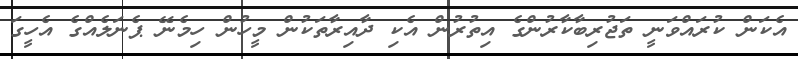
އެކަން ކުރައްވަނީ ތަޖުރިބާކާރުންގެ އިތުރުން އެކި ދާއިރާތަކުން މީހުން ހިމެނޭ ޕެނަލެއްގެ އެހީގަ